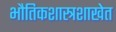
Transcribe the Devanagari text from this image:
भौतिकशास्त्रशाखेत